Vaccination in Burma 1900-1911 - 1900-1911
Year: 1900
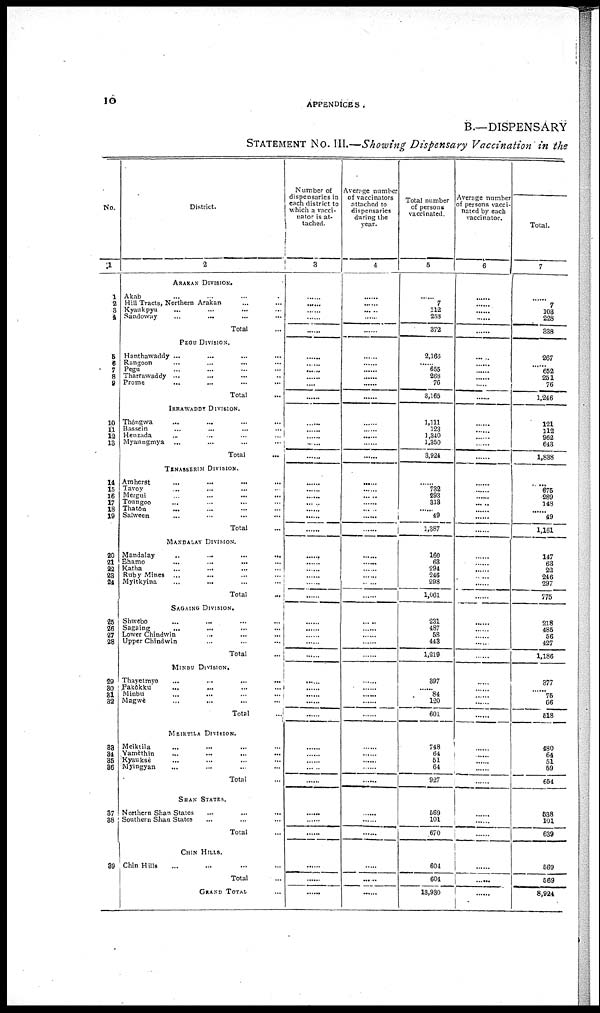
10
APPENDICES.
B.—DISPENSARY
STATEMENT No. III.—Showing Dispensary Vaccination in the
No.
1
1
2
3
4
5
6 7
8
9
10
11
12 13
14
15
16 17
18
19
20
21
22 23
24
25
26
27
28
29
30
31
32
33
34
35
36
37
38
39
District.
2
ARAKAN DIVISION.
Akab ... ... ...
Hill Tracts, Northern Arakan ... ...
Kyaukpyu ... ... ...
Sandoway ... ... ...
Total ...
PEGU DIVISION.
Hanthawaddy ... ... ... ...
Rangoon ... ... ...
Pegu ... ... ...
Tharrawaddy ... ... ...
Prome ... ... ...
Total ...
IRRAWADDY DIVISION.
Thôngwa
...
...
...
Bassein ... ... ...
Henzada ... ... ...
Myaungmya ... ... ...
Total ...
TENASSERIM DIVISION.
Amherst
...
...
...
...
Tavoy ... ... ... ...
Mergui ... ... ... ...
Toungoo ... ... ...
Thatôn ... ... ...
Salween ... ... ... ...
Total ...
MANDALAY DIVISION.
Mandalay
...
...
...
...
Bhamo ... ... ... ...
Katha
...
...
...
...
Ruby Mines ... ... ... ...
Myitkyina ... ... ... ...
Total ...
SAGAING DIVISION.
Shwebo ... ... ... ...
Sagaing ... ... ... ...
Lower Chindwin ... ... ... ...
Upper Chindwin ... ... ... ...
Total ...
MINBU DIVISION.
Thayetmyo ... ... ... ...
Pakôkku ... ... ... ...
Minbu ... ... ... ...
Magwè ... ... ... ...
Total ...
MEIKTILA DIVISION.
Meiktila ... ... ... ...
Yamèthin ... ... ... ...
Kyauksè ... ... ... ...
Myingyan ... ... ... ...
Total ...
SHAN STATES.
Northern Shan States
...
...
...
...
Southern Shan States ... ... ... ...
Total ...
CHIN HILLS.
Chin Hills ... ... ... ...
Total ...
GRAND TOTAL ...
Number of
dispensaries in
each district to
which a vacci-
nator is at-
tached.
3
......
......
......
......
......
......
...... ......
......
......
......
......
......
...... ......
......
......
......
......
......
......
......
......
......
......
......
......
......
......
......
......
...... ......
......
......
...... ......
......
......
......
......
......
......
......
......
......
......
......
......
......
Averpge number
of vaccinators
attached to
dispensaries
during the
year.
4
......
...... ......
......
......
......
...... ......
......
......
......
......
......
...... ......
......
......
...... ......
...... ......
......
......
......
......
......
......
......
......
......
......
...... ......
......
......
...... ......
......
......
......
......
......
......
......
......
......
......
......
......
......
Total number
of persons
vaccinated.
5
......
7
112
253
372
2,166
...... 655
268
76
3,165
1,111
123
1,340
1,350
3,924
...... 732
293
313
......
49
1,387
160
63
294
246
298
1,061
231
487
58
443
1,219
397
...... 84
120
601
748
64
51
64
927
569
101
670
604
604
13,930
Average number
of persons vacci-
nated by each
vaccinator.
6
......
......
......
......
......
......
...... ......
......
......
......
......
......
...... ......
......
......
......
...... ......
......
......
......
......
......
...... ......
......
......
......
......
...... ......
......
......
...... ......
......
......
......
......
......
......
......
......
......
......
......
......
......
Total.
7
......
7
103
228
338
267
...... 652
251
76
1,246
121
112
962
643
1,838
...... 675
289
148
......
49
1,161
147
63
22
246
297
775
218
485
56
427
1,186
377
......
75
66
518
480
64
51
59
654
538
101
639
569
569
8,924